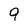
Character: 9